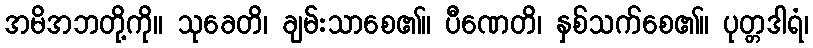
အမိအဘတို့ကို။ သုခေတိ၊ ချမ်းသာစေ၏။ ပီဏေတိ၊ နှစ်သက်စေ၏။ ပုတ္တဒါရံ၊